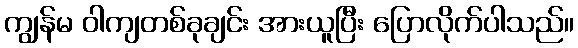
ကျွန်မ ဝါကျတစ်ခုချင်း အားယူပြီး ပြောလိုက်ပါသည်။